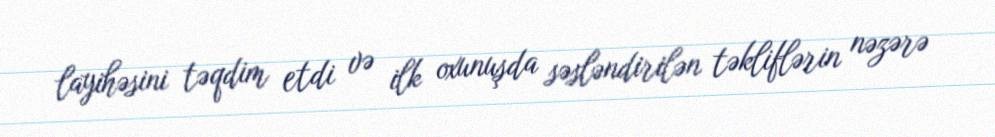
layihəsini təqdim etdi və ilk oxunuşda səsləndirilən təkliflərin nəzərə